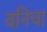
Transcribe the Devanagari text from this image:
वनिचा